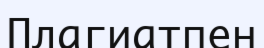
Плагиатпен